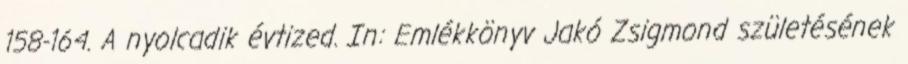
158-164. A nyolcadik évtized. In: Emlékkönyv Jakó Zsigmond születésének